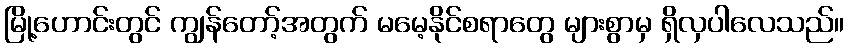
မြို့ဟောင်းတွင် ကျွန်တော့်အတွက် မမေ့နိုင်စရာတွေ များစွာမှ ရှိလှပါလေသည်။